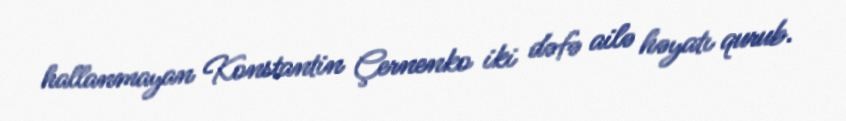
hallanmayan Konstantin Çernenko iki dəfə ailə həyatı qurub.